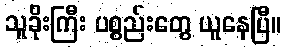
သူခိုးကြီး ပစ္စည်းတွေ ယူနေပြီ။